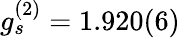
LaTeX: g_{s}^{(2)}=1.920(6)